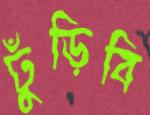
ঢুঁড়িবি